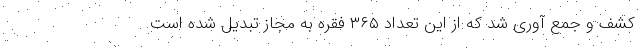
کشف و جمع آوری شد که از این تعداد ۳۶۵ فقره به مجاز تبدیل شده است.